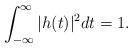
LaTeX: \begin{align*}\int_{-\infty}^{\infty}| h(t)|^{2} dt = 1.\end{align*}